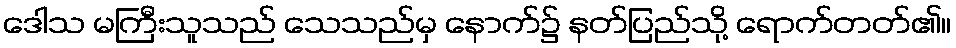
ဒေါသ မကြီးသူသည် သေသည်မှ နောက်၌ နတ်ပြည်သို့ ရောက်တတ်၏။